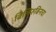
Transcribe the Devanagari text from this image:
बिलिरुबिनचा